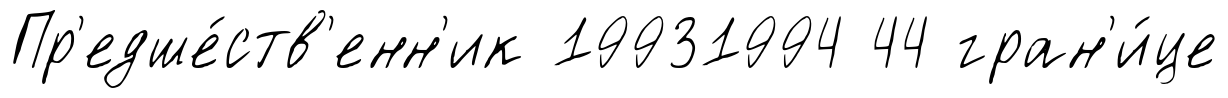
Пр'едше́ств'енн'ик 19931994 44 гран'и́це